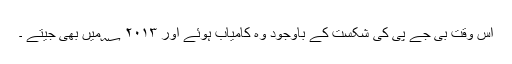
اس وقت بی جے پی کی شکست کے باوجود وہ کامیاب ہوئے اور ۲۰۱۳ ؁میں بھی جیتے ۔